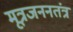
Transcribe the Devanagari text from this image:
मूत्रजननतंत्र